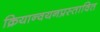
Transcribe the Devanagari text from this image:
क्रियान्वयनप्रस्तावित